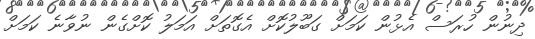
ދިނުން ހުރަސް އެޅުން ކަމަށް ގަބޫލުކޮށް އެގޮތަށް އަމަލު ކޮށްގެން ނުވާނެ ކަމަށް